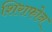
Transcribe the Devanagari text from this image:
शिराफोन